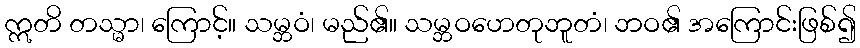
ဣတိ တသ္မာ၊ ကြောင့်။ သမ္ဘဝံ၊ မည်၏။ သမ္ဘဝဟေတုဘူတံ၊ ဘဝ၏ အကြောင်းဖြစ်၍